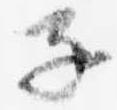
子